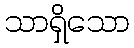
သာရှိသော